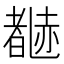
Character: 𬦃